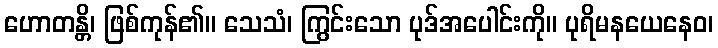
ဟောတန္တိ၊ ဖြစ်ကုန်၏။ သေသံ၊ ကြွင်းသော ပုဒ်အပေါင်းကို။ ပုရိမနယေနေဝ၊